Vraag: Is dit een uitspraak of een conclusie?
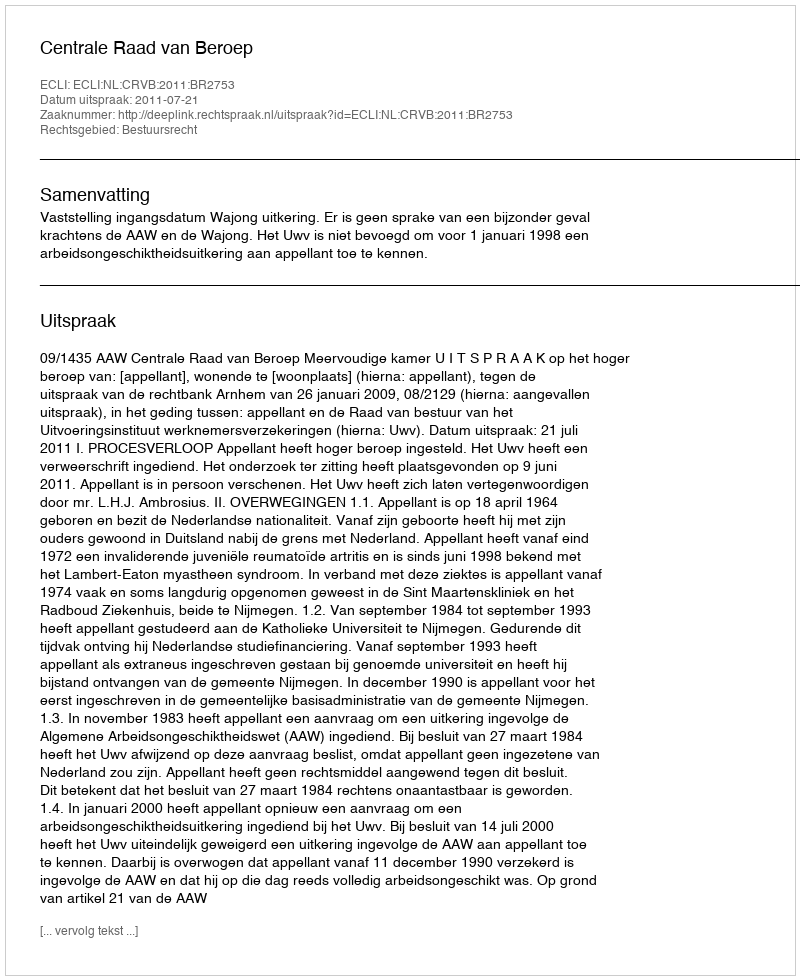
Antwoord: Uitspraak